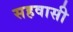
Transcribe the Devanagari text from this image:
सहवासी